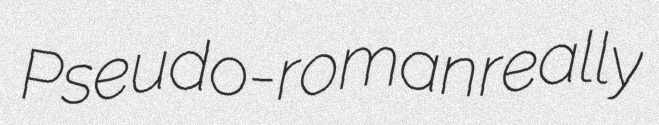
Pseudo-roman really